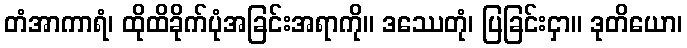
တံအာကာရံ၊ ထိုထိခိုက်ပုံအခြင်းအရာကို။ ဒဿေတုံ၊ ပြခြင်းငှာ။ ဒုတိယော၊